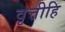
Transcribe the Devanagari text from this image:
वृत्तीहि